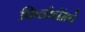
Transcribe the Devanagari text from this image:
किलोग्रॅमचे